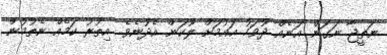
ނަތީޖާ ނަގަން އަނެއް ދުވަހު އައުމަށް ލޫކަން އެދުނެވެ. އިތުރު ކަމެއް ނެތުމުން